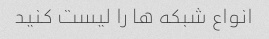
انواع شبکه ها را لیست کنید